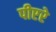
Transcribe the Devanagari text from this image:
पीएरे